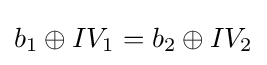
b_{1}\oplus IV_{1}=b_{2}\oplus IV_{2}